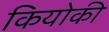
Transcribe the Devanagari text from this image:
कियोकी